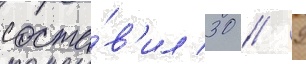
соста́в'ил 30 / 9